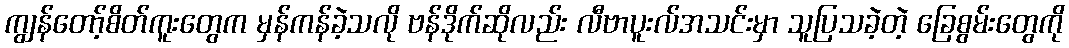
ကျွန်တော့်စိတ်ကူးတွေက မှန်ကန်ခဲ့သလို ဗန်ဒိုက်ဆိုလည်း လီဗာပူးလ်အသင်းမှာ သူပြသခဲ့တဲ့ ခြေစွမ်းတွေကို